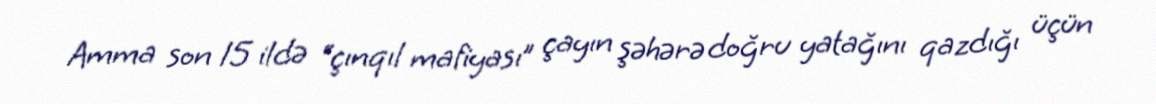
Amma son 15 ildə “çınqıl mafiyası” çayın şəhərə doğru yatağını qazdığı üçün